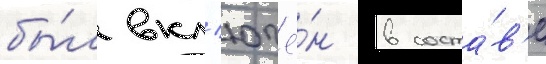
бы́л вкл'ючё́н в соста́в'е